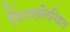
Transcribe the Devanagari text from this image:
पिंगललिखित